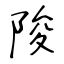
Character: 陖